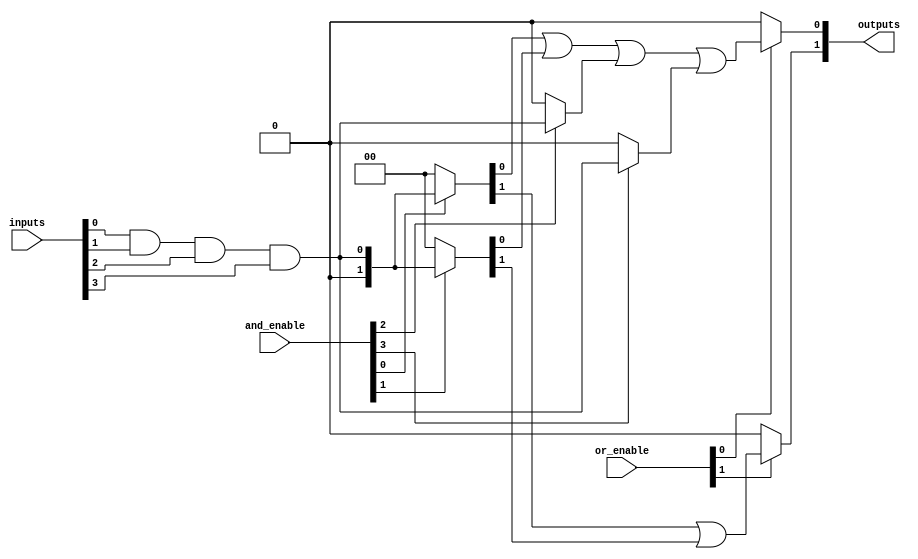
module SPAL #(parameter NUM_INPUTS = 4, // Number of inputs
               parameter NUM_AND_GATES = 4, // Number of AND gates
               parameter NUM_OR_GATES = 2) // Number of OR gates
(
    input wire [NUM_INPUTS-1:0] inputs, // Input lines
    input wire [NUM_AND_GATES-1:0] and_enable, // Control signals for AND gates
    input wire [NUM_OR_GATES-1:0] or_enable, // Control signals for OR gates
    output wire [NUM_OR_GATES-1:0] outputs // Output lines
);
    
    // Internal wires for AND gate outputs
    wire [NUM_AND_GATES-1:0] and_outputs [0:NUM_INPUTS-1];
    
    // Generate programmable AND gates
    genvar i, j;
    generate
        for (i = 0; i < NUM_AND_GATES; i = i + 1) begin: and_gates
            // Each AND gate has a configurable input for each input line
            assign and_outputs[i] = (and_enable[i]) ? 
                                      (inputs[0] & inputs[1] & inputs[2] & inputs[3]) : 0; // Example of max inputs
        end
    endgenerate

    // Internal wire for OR gate inputs
    wire [NUM_OR_GATES-1:0] or_inputs [0:NUM_AND_GATES-1];
    
    // Generate programmable OR gates
    generate
        for (j = 0; j < NUM_OR_GATES; j = j + 1) begin: or_gates
            // Each OR gate sums up multiple AND gate outputs
            assign or_inputs[j] = (or_enable[j]) ? 
                                   (and_outputs[0][j] | and_outputs[1][j] | and_outputs[2][j] | and_outputs[3][j]) : 0; // Example of max inputs
            // Each OR gate output
            assign outputs[j] = or_inputs[j];
        end
    endgenerate

endmodule